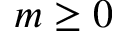
m \ge 0